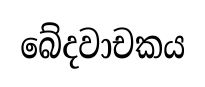
බේදවාචකය